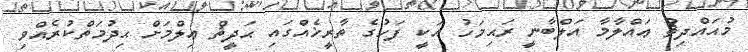
މުޙައްދިޘު ޢައްލާމާ އަލްބާނީ ރަޙިމަހު އަކީ ފަހުގެ ތާރީޚެއްގައި ޙަދީޘް ޢިލްމަށް ޙިދުމަތްކުރެއްވި